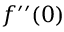
f ^ { \prime \prime } ( 0 )